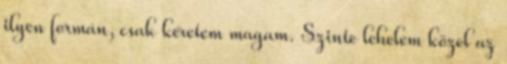
ilyen formán, csak kéretem magam. Szinte lehelem közel az